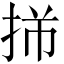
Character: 𫼩